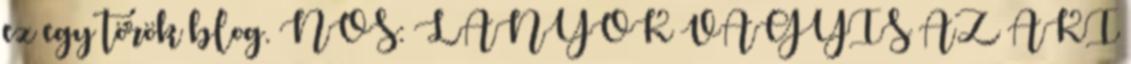
ez egy török blog. NOS: LÁNYOK VAGYIS AZ AKI